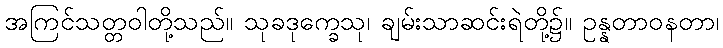
အကြင်သတ္တဝါတို့သည်။ သုခဒုက္ခေသု၊ ချမ်းသာဆင်းရဲတို့၌။ ဥန္နတာဝနတာ၊